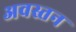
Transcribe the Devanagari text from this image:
अवस्तन